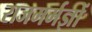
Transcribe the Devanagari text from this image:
राजमर्मज्ञों